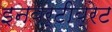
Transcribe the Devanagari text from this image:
इनवर्टीब्रेट